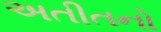
અતીતનો